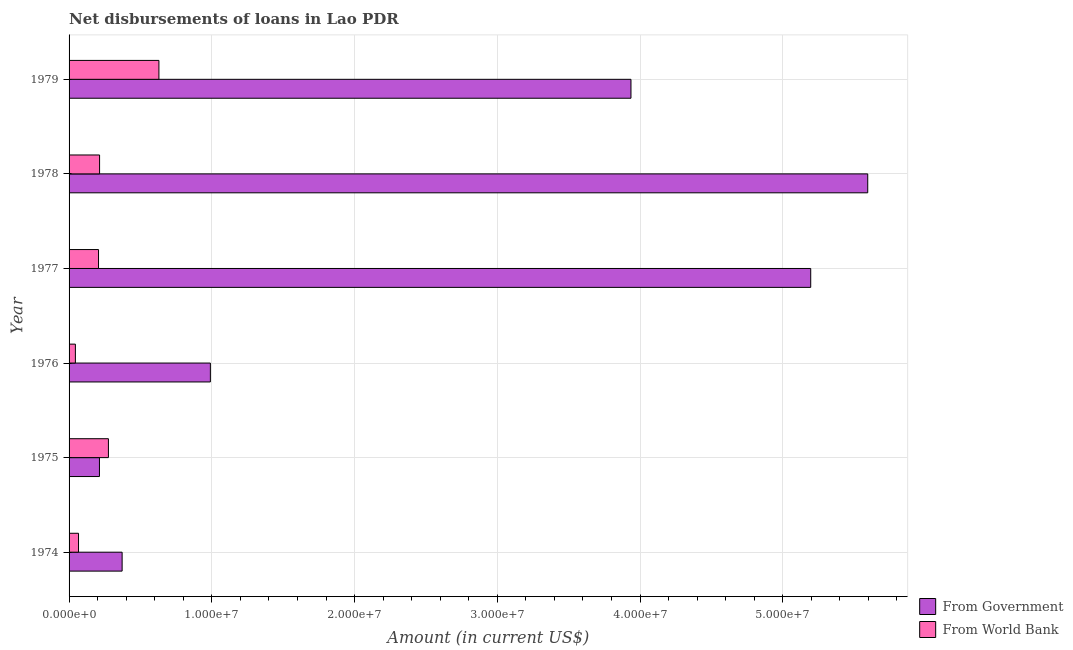
| Year | From Government | From World Bank |
 | --- | --- | --- |
 | 1974 | 3.72e+06 | 6.63e+05 |
 | 1975 | 2.13e+06 | 2.76e+06 |
 | 1976 | 9.9e+06 | 4.43e+05 |
 | 1977 | 5.2e+07 | 2.06e+06 |
 | 1978 | 5.6e+07 | 2.14e+06 |
 | 1979 | 3.94e+07 | 6.3e+06 |